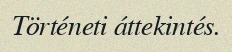
Történeti áttekintés.